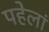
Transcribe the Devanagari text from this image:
पहेलां